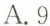
A.9